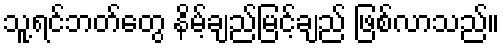
သူ့ရင်ဘတ်တွေ နိမ့်ချည်မြင့်ချည် ဖြစ်လာသည်။